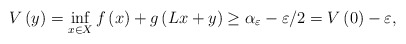
\begin{align*}V\left(y\right)=\inf_{x\in X}f\left(x\right)+g\left(Lx+y\right)\geq\alpha_\varepsilon -\varepsilon/2=V\left(0\right)-\varepsilon,\end{align*}